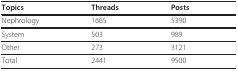
<table><thead><tr><td><b>Topics</b></td><td><b>Threads</b></td><td><b>Posts</b></td></tr></thead><tbody><tr><td>Nephrology</td><td>1665</td><td>5390</td></tr><tr><td>System</td><td>503</td><td>989</td></tr><tr><td>Other</td><td>273</td><td>3121</td></tr><tr><td>Total</td><td>2441</td><td>9500</td></tr></tbody></table>